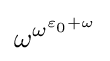
\omega ^{\omega ^{\varepsilon _{0}+\omega }}